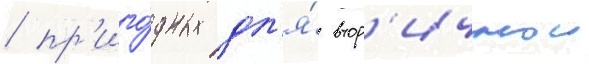
/ пр'иго́дных дл'я́ втор'ичнои